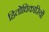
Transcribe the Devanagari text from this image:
हितोधिकारियों